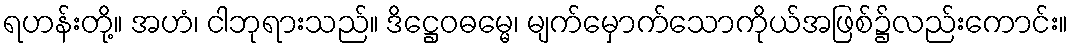
ရဟန်းတို့။ အဟံ၊ ငါဘုရားသည်။ ဒိဋ္ဌေဝဓမ္မေ၊ မျက်မှောက်သောကိုယ်အဖြစ်၌လည်းကောင်း။